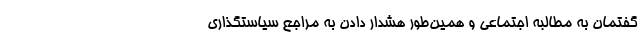
گفتمان به مطالبه اجتماعی و همین‌طور هشدار دادن به مراجع سیاستگذاری